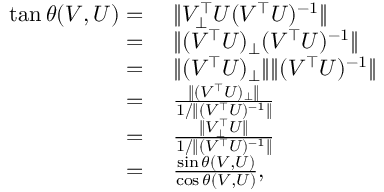
\begin{array} { r l } { \tan \theta ( V , U ) = } & { ~ \| V _ { \bot } ^ { \top } U ( V ^ { \top } U ) ^ { - 1 } \| } \\ { = } & { ~ \| ( V ^ { \top } U ) _ { \bot } ( V ^ { \top } U ) ^ { - 1 } \| } \\ { = } & { ~ \| ( V ^ { \top } U ) _ { \bot } \| \| ( V ^ { \top } U ) ^ { - 1 } \| } \\ { = } & { ~ \frac { \| ( V ^ { \top } U ) _ { \bot } \| } { 1 / \| ( V ^ { \top } U ) ^ { - 1 } \| } } \\ { = } & { ~ \frac { \| V _ { \bot } ^ { \top } U \| } { 1 / \| ( V ^ { \top } U ) ^ { - 1 } \| } } \\ { = } & { ~ \frac { \sin \theta ( V , U ) } { \cos \theta ( V , U ) } , } \end{array}